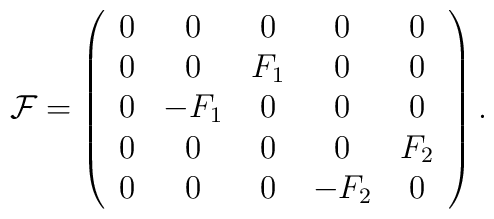
{\cal F}=\left(\begin{array}{ccccc}0 & 0 & 0 & 0 & 0 \\0 & 0 & F_1 & 0 & 0 \\0 & -F_1& 0 & 0 & 0 \\0 & 0 & 0 & 0 & F_2 \\0 & 0 & 0 & -F_2 & 0\end{array}\right).